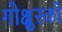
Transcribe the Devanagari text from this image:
गोक्षुरको